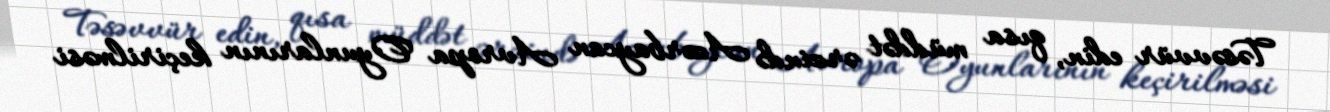
Təsəvvür edin, qısa müddət ərzində Azərbaycan Avropa Oyunlarının keçirilməsi